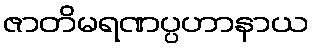
ဇာတိမရဏပ္ပဟာနာယ